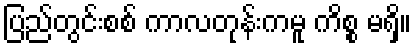
ပြည်တွင်းစစ် ကာလတုန်းကမူ ကိစ္စ မရှိ။